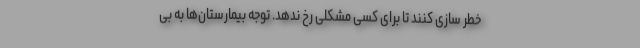
خطر سازی کنند تا برای کسی مشکلی رخ ندهد. توجه بیمارستان‌ها به‌ بی